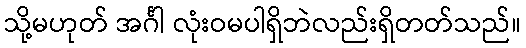
သို့မဟုတ် အင်္ဂါ လုံးဝမပါရှိဘဲလည်းရှိတတ်သည်။